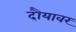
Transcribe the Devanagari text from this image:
दौयावर